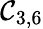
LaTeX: \mathcal{C}_{3,6}